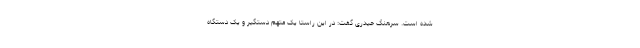
شده است. سرهنگ حیدری گفت: در این راستا یک متهم دستگیر و یک دستگاه